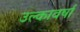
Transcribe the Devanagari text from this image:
उल्कावर्षा